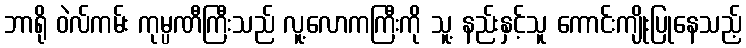
ဘာရို ဝဲလ်ကမ်း ကုမ္ပဏီကြီးသည် လူ့လောကကြီးကို သူ့ နည်းနှင့်သူ ကောင်းကျိုးပြုနေသည့်